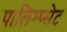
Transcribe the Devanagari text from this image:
पालिम्प्सेट